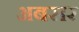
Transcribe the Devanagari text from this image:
अबसर